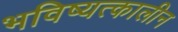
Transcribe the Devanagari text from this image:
भविष्यत्कालीन